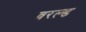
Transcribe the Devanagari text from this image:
वरल्ड